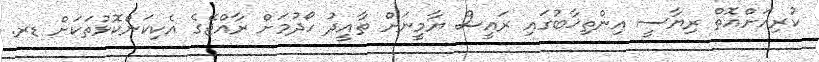
ކުރިއަށްއޮތް ރިޔާސީ އިންތިޚާބުގައި ރައީސް ޔާމީނަށް ތާއީދު ހޯދުމަށް ރާއްޖޭގެ އެކިކަންކޮޅުތަކަަށް ޑރ.